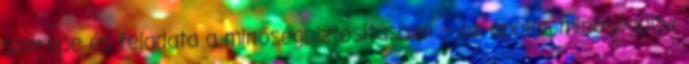
szerepe és feladata a minőségbiztosításban – az ápolás minőségügyi